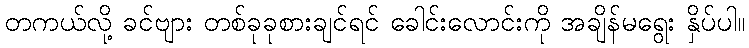
တကယ်လို့ ခင်ဗျား တစ်ခုခုစားချင်ရင် ခေါင်းလောင်းကို အချိန်မရွေး နှိပ်ပါ။